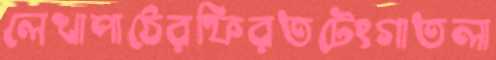
লেখাপাঠেরফিরতটেংগাতলা